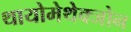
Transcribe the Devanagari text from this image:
थायोमेथेक्‍जोन